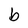
Character: b